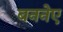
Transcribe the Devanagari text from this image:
बननेए